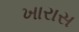
ખારાસ